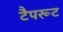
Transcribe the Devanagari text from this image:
टैपरूट